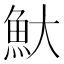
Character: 𬵃